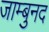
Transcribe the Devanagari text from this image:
जाम्बुनद